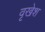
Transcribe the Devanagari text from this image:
वृखेश